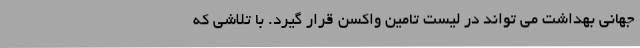
جهانی بهداشت می ‌تواند در لیست تامین واکسن قرار گیرد. با تلاشی که